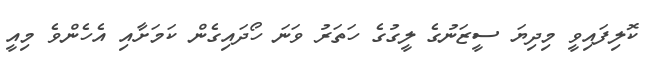
ކޮލިފައިވީ މިދިޔަ ސީޒަނުގެ ލީގުގެ ހަތަރު ވަނަ ހޯދައިގެން ކަމަށާއި އެހެންވެ މިއީ